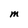
Character: M